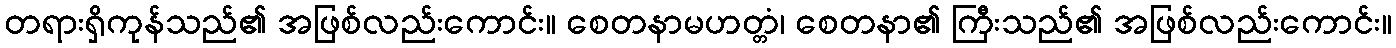
တရားရှိကုန်သည်၏ အဖြစ်လည်းကောင်း။ စေတနာမဟတ္တံ၊ စေတနာ၏ ကြီးသည်၏ အဖြစ်လည်းကောင်း။